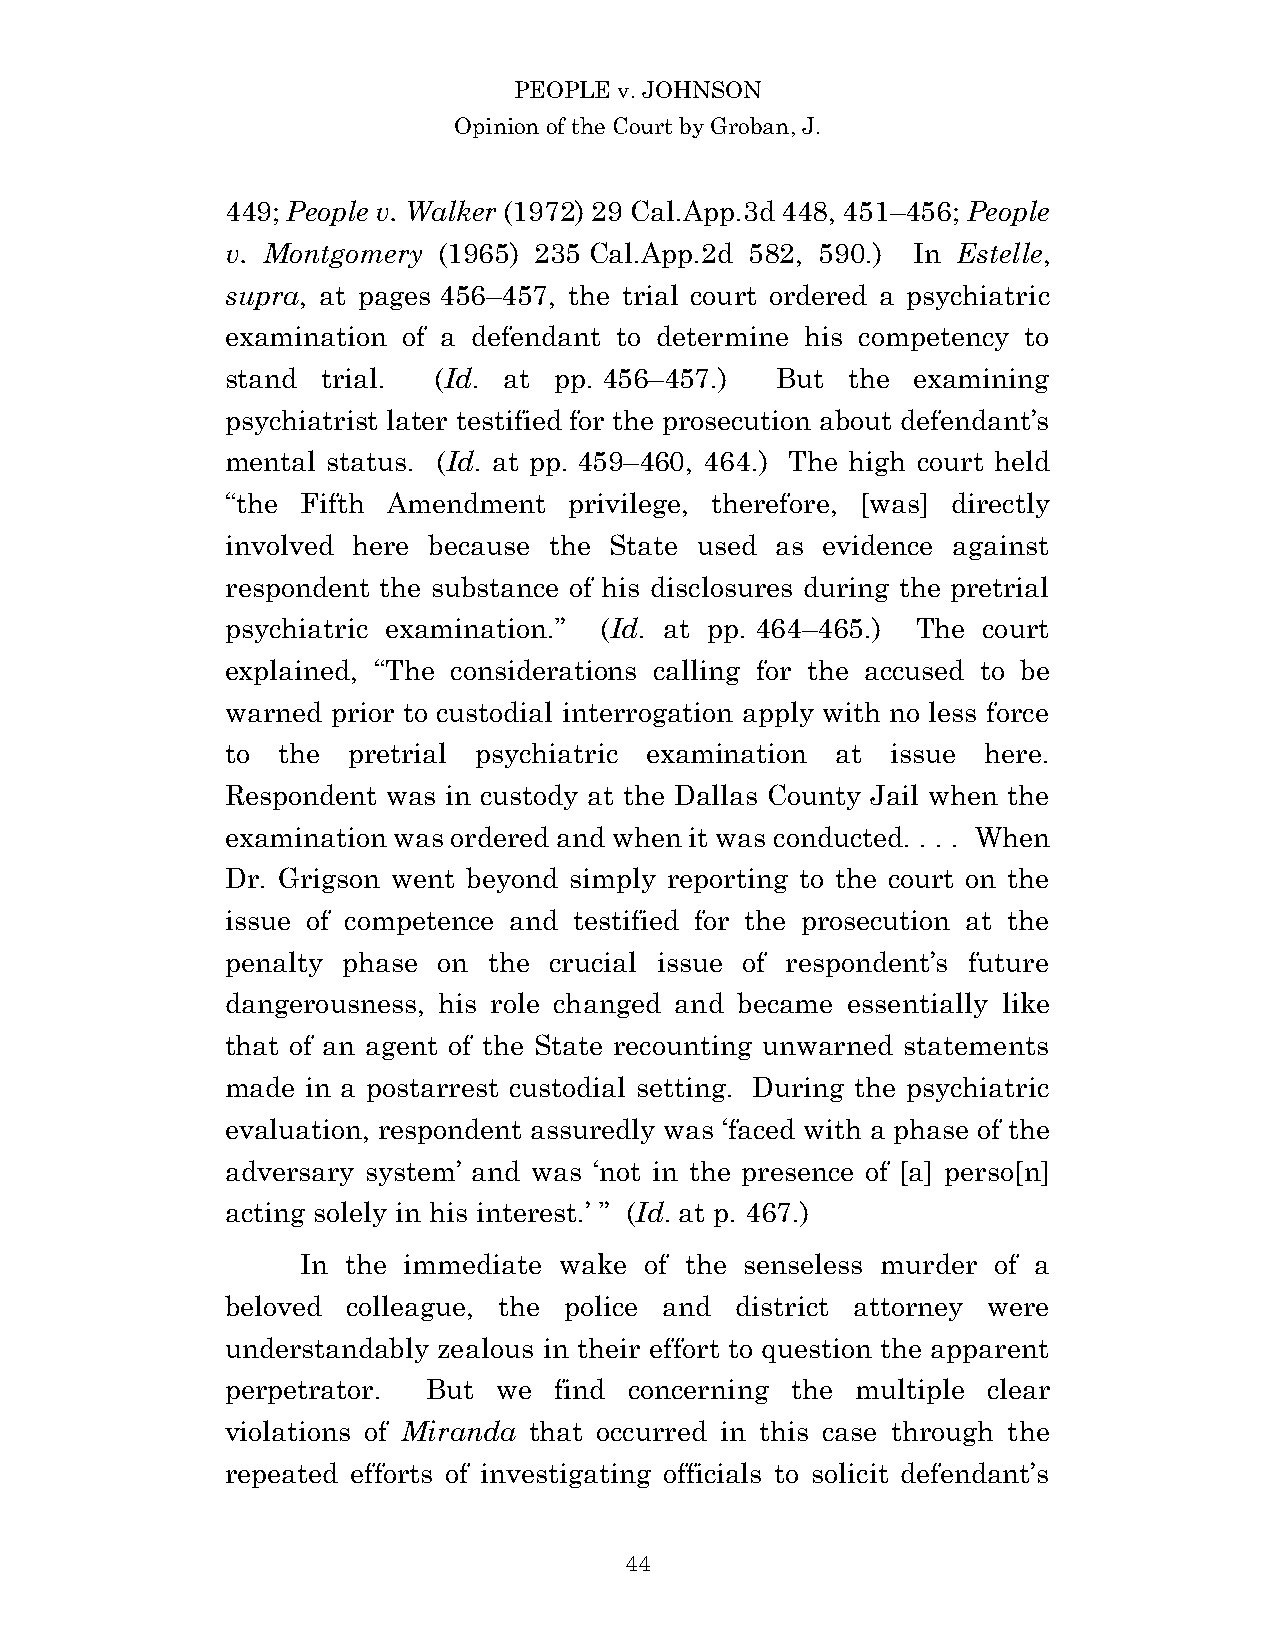
PEOPLE v. JOHNSON
 Opinion of the Court by Groban, J.
 449; People v. Walker (1972) 29 Cal.App.3d 448, 451–456; People
 v. Montgomery (1965) 235 Cal.App.2d 582, 590.) In Estelle,
 supra, at pages 456–457, the trial court ordered a psychiatric
 examination of a defendant to determine his competency to
 stand trial.  (Id. at pp. 456–457.) But  the examining
 psychiatrist later testified for the prosecution about defendant’s
 mental status. (Id. at pp. 459–460, 464.) The high court held
 “the Fifth Amendment   privilege, therefore, [was] directly
 involved here because the State used as evidence against
 respondent the substance of his disclosures during the pretrial
 psychiatric examination.” (Id. at pp. 464–465.) The court
 explained, “The considerations calling for the accused to be
 warned prior to custodial interrogation apply with no less force
 to the  pretrial psychiatric examination at issue here.
 Respondent was in custody at the Dallas County Jail when the
 examination was ordered and when it was conducted. . . . When
 Dr. Grigson went beyond simply reporting to the court on the
 issue of competence and testified for the prosecution at the
 penalty phase on the crucial issue of respondent’s future
 dangerousness, his role changed and became essentially like
 that of an agent of the State recounting unwarned statements
 made in a postarrest custodial setting. During the psychiatric
 evaluation, respondent assuredly was ‘faced with a phase of the
 adversary system’ and was ‘not in the presence of [a] perso[n]
 acting solely in his interest.’ ” (Id. at p. 467.)
 In the immediate wake  of the senseless murder of a
 beloved colleague, the police and district attorney were
 understandably zealous in their effort to question the apparent
 perpetrator. But  we  find concerning the multiple clear
 violations of Miranda that occurred in this case through the
 repeated efforts of investigating officials to solicit defendant’s
 4 4